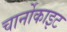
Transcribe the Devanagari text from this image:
चार्नोकाइट